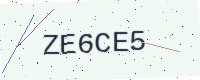
Text: ZE6CE5